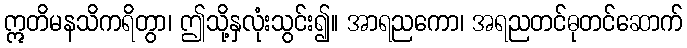
ဣတိမနသိကရိတွာ၊ ဤသို့နှလုံးသွင်း၍။ အာရညကော၊ အရညတင်ဓုတင်ဆောက်